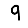
Digit: 9